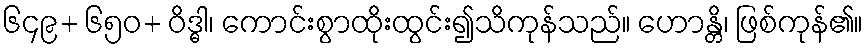
၆၄၉+ ၆၅၀+ ဝိဒ္ဓါ၊ ကောင်းစွာထိုးထွင်း၍သိကုန်သည်။ ဟောန္တိ၊ ဖြစ်ကုန်၏။